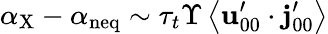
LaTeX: \alpha_{\mathrm{X}}-\alpha_{\mathrm{neq}}\sim\tau_{t}\Upsilon\left\langle\mathbf{u}_{00}^{\prime}\cdot\mathbf{j}_{00}^{\prime}\right\rangle